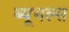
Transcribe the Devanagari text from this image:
ब्यूगल्स